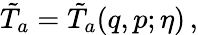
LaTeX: \tilde{T}_{a}=\tilde{T}_{a}(q,p;\eta)\, ,